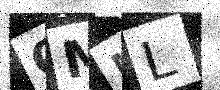
Text: QMML